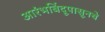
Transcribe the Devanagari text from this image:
आरंभबिंदूपासूनचे